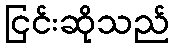
ငြင်းဆိုသည်